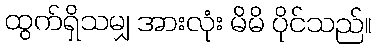
ထွက်ရှိသမျှ အားလုံး မိမိ ပိုင်သည်။